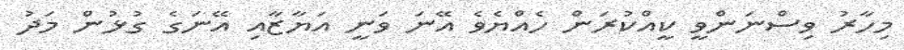
މިހާރު ވިސްނަންވީ ކީއްކުރަން ހެއްޔެވެ އޭނަ ވަނީ އަޔާޒާއި އޭނަގެ ގުޅުން މަދު